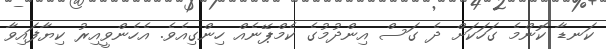
ކަނޑާ ކޮންމެ ގަހަކަށް ދެ ގަސް އިންދުމުގެ ކެމްޕޭނެއް ހިންގިއެވެ. އެހެންވީއިރު ކިޔާފައިވާ